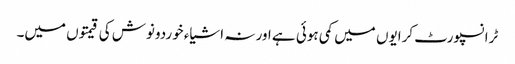
ٹرانسپورٹ کرایوں میں کمی ہوئی ہے اور نہ اشیاء خوردونوش کی قیمتوں میں۔